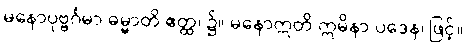
မနောပုဗ္ဗင်္ဂမာ ဓမ္မာတိ ဧတ္ထ၊ ၌။ မနောဣတိ ဣမိနာ ပဒေန၊ ဖြင့်။